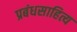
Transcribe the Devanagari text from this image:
प्रबंधसाहित्य